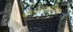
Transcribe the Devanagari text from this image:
भगवत्परायणता